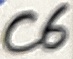
Text: C6